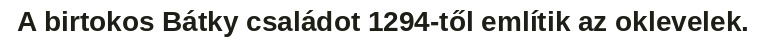
A birtokos Bátky családot 1294-től említik az oklevelek.